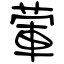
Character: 葷